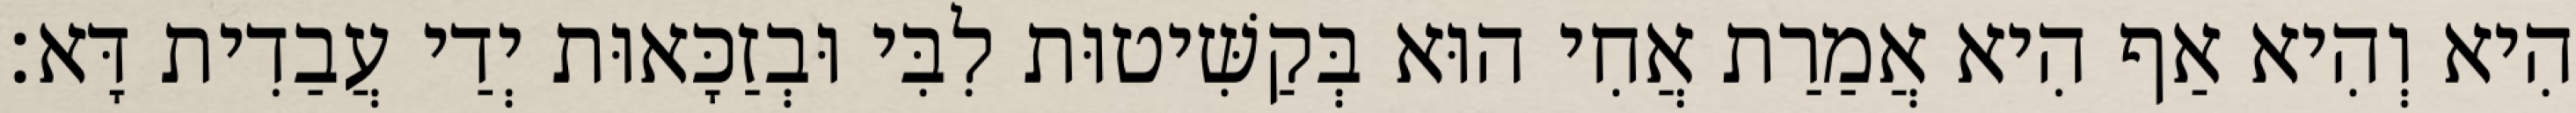
הִיא וְהִיא אַף הִיא אֲמַרַת אֲחִי הוּא בְּקַשִּׁיטוּת לִבִּי וּבְזַכָּאוּת יְדַי עֲבַדִית דָּא׃